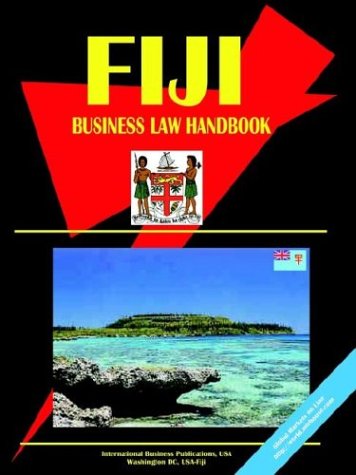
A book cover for Fiji Business Law Handbook; Ibp Usa; Travel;